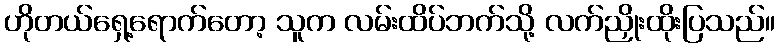
ဟိုတယ်ရှေ့ရောက်တော့ သူက လမ်းထိပ်ဘက်သို့ လက်ညှိုးထိုးပြသည်။